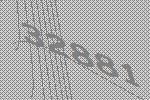
32881